Problem: 2 × 5 = ?
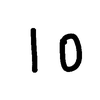
Handwritten answer: 10